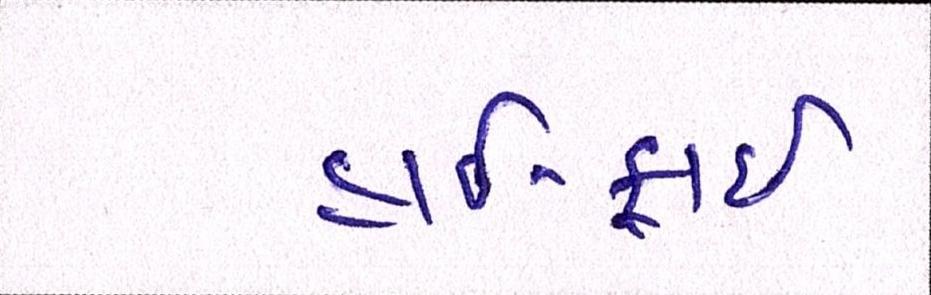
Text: હાઈફાઈ